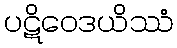
ပဋိဝေဒယိဿံ